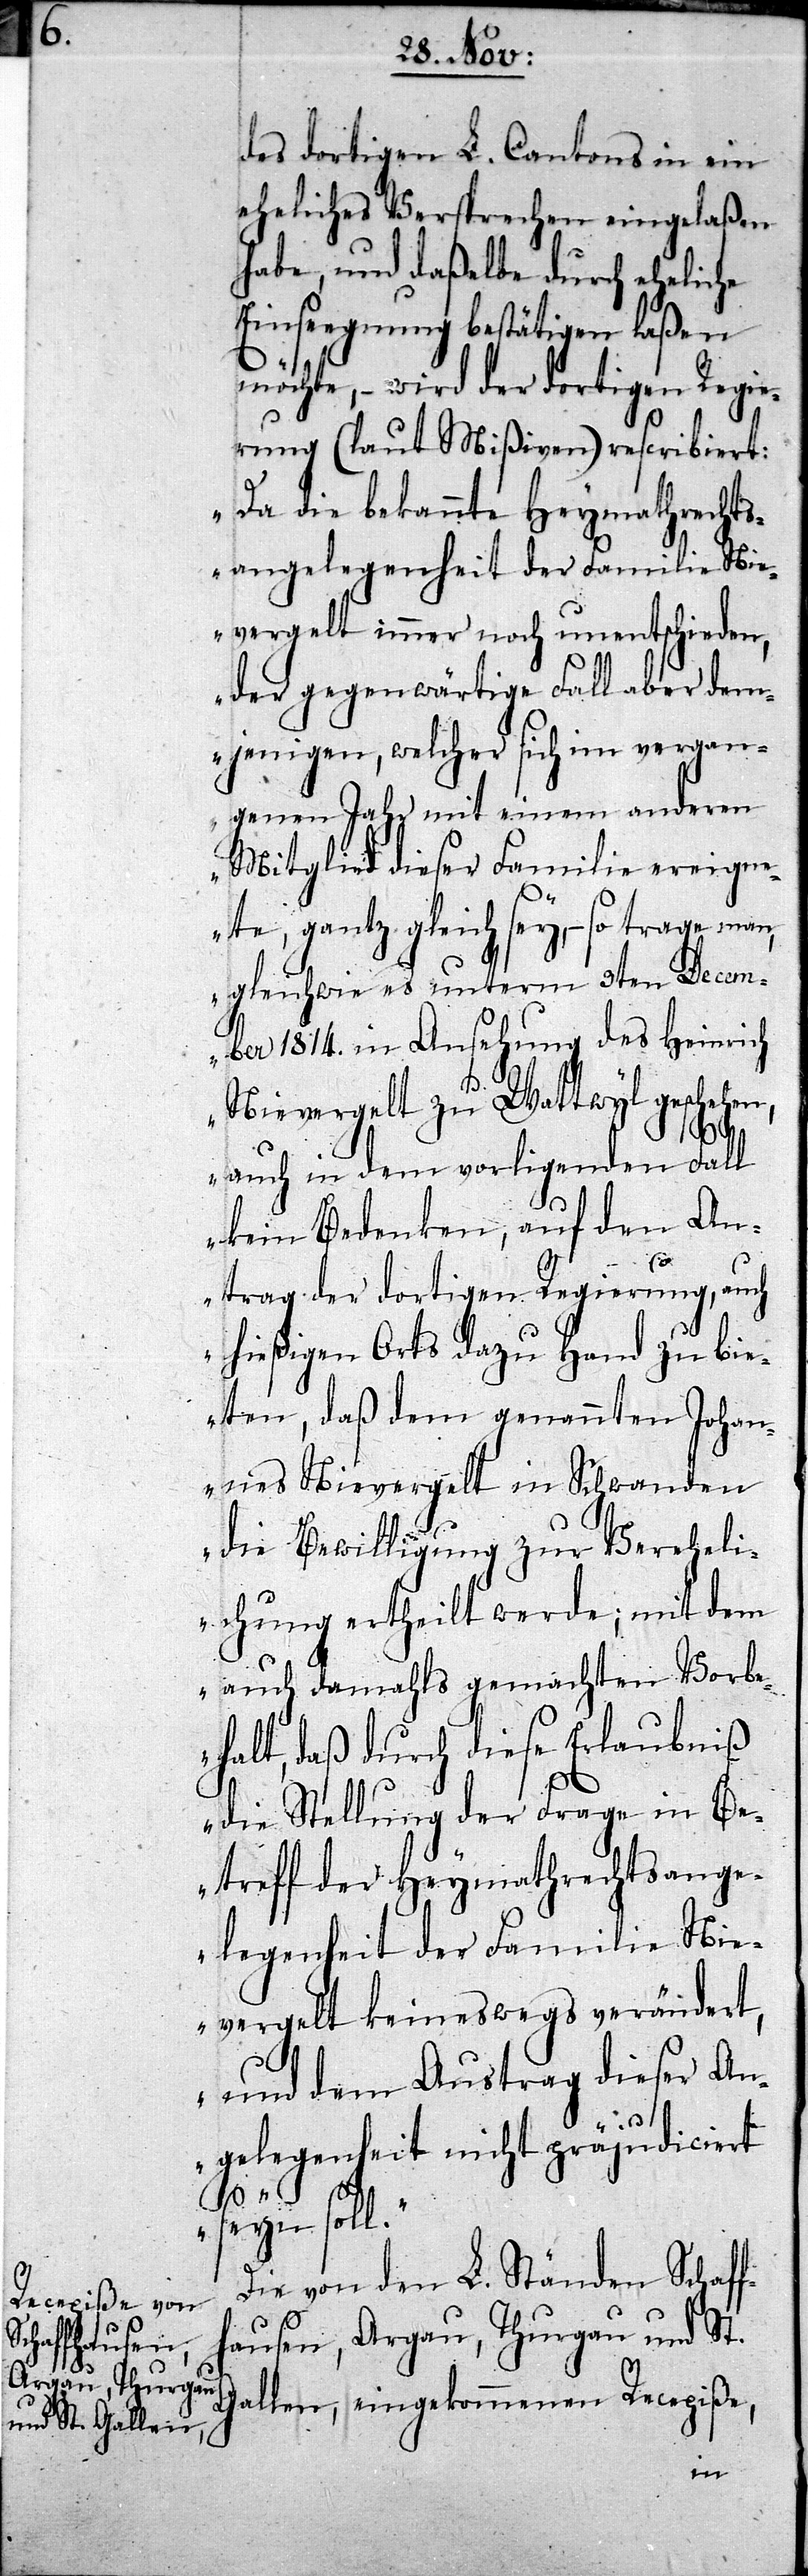
des dortigen L. Cantons in ein
eheliches Versprechen eingelaßen
habe, und daßelbe durch eheliche
Einseegnung bestätigen laßen
möchte, – wird der dortigen Regie¬
rung (laut Mißiven) rescribiert:
„Da die bekannte Heymathrechts¬
angelegenheit der Familie Nie¬
vergelt immer noch unentschieden,
der gegenwärtige Fall aber dem¬
jenigen, welcher sich im vergan¬
genen Jahr mit einem anderen
Mitglied dieser Familie ereign¬
ete, gantz gleich sey, – so trage man,
gleichwie es unterm 3ten Decem¬
ber 1814. in Ansehung des Heinrich
Nievergelt zu Wattwyl geschehen,
auch in dem vorligenden Fall
kein Bedenken, auf den An¬
trag der dortigen Regierung, auch
hießigen Orts dazu Hand zu bie¬
ten, daß dem genannten Johan¬
nes Nievergelt in Schwanden
die Bewilligung zu Vereheli¬
chung ertheilt werde; mit dem
auch damahls gemachten Vorb¬
ehalt, daß durch diese Erlaubniß
die Stellung der Frage in Be¬
treff der Heymathrechtsange¬
legenheit der Familie Nie¬
vergelt keineswegs verändert,
und dem Austrag dieser An¬
gelegenheit nicht präjudiciert
seyn soll.“
Die von den L. Ständen Schaff¬
hausen, Argau, Thurgau und St.
Gallen, eingekommenen Recepiße,